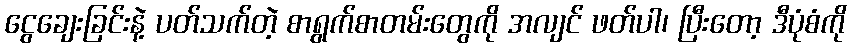
ငွေချေးခြင်းနဲ့ ပတ်သက်တဲ့ စာရွက်စာတမ်းတွေကို အလျင် ဖတ်ပါ၊ ပြီးတော့ ဒီပုံစံကို